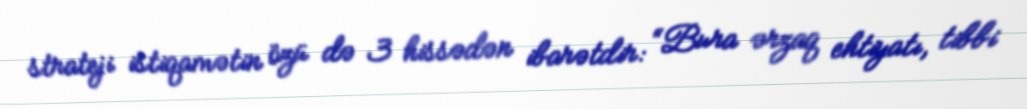
strateji istiqamətin özü də 3 hissədən ibarətdir: “Bura ərzaq ehtiyatı, tibbi